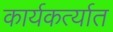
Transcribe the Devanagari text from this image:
कार्यकर्त्‍यात